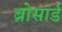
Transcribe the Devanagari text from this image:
ब्रोसार्ड